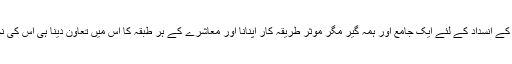
شراب اور دوسری منشیات کے انسداد کے لئے ایک جامع اور ہمہ گیر مگر موثر طریقہ کار اپنانا اور معاشرے کے ہر طبقہ کا اس میں تعاون دینا ہی اس کی نجات کا ذریعہ بن سکتا ہے۔